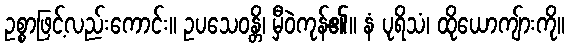
ဥစ္စာဖြင့်လည်းကောင်း။ ဥပသေဝန္တိ၊ မှီဝဲကုန်၏။ နံ ပုရိသံ၊ ထိုယောကျ်ားကို။